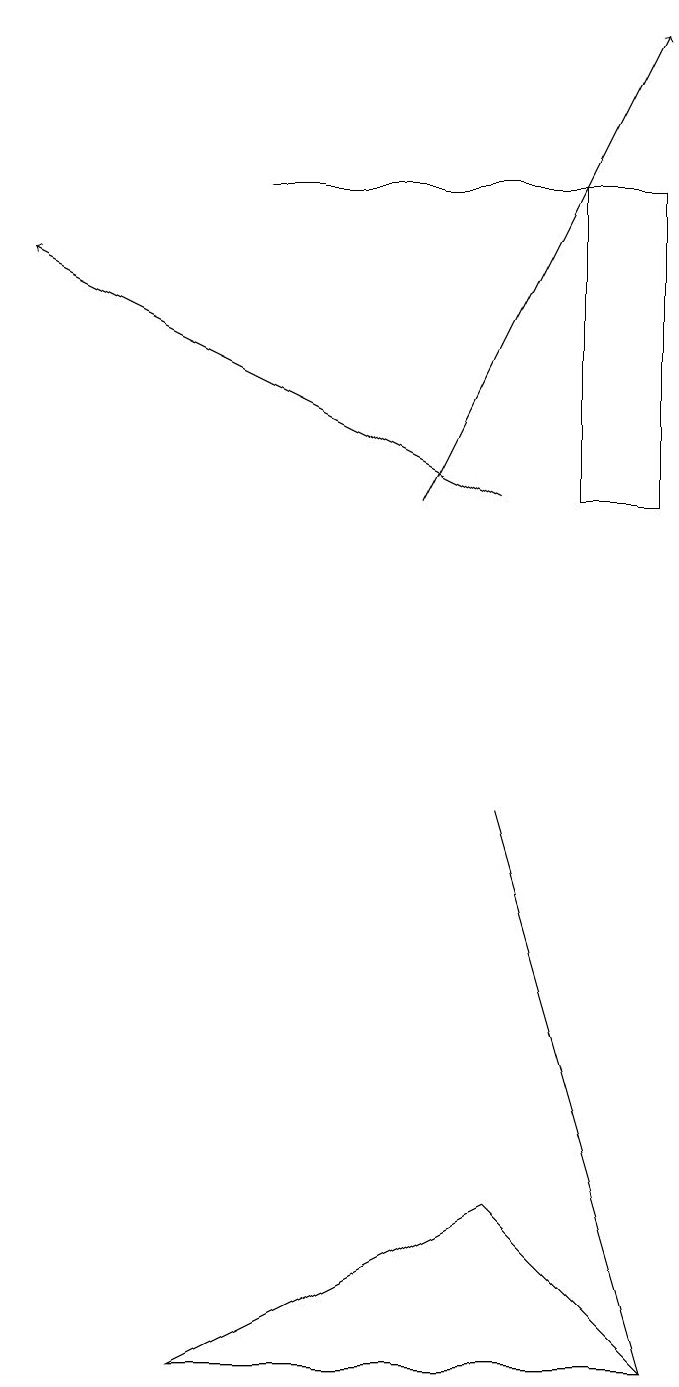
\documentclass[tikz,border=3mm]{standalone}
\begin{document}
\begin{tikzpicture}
\draw (7,15) rectangle (8,11);
\draw (2,0) -- (8,0) -- (6,2) -- cycle;
\draw[->] (5,11) -- (8,17);
\draw (6,7) -- (8,0) -- (6,7) -- cycle;
\draw (3,15) rectangle (8,15);
\draw[->] (6,11) -- (0,14);
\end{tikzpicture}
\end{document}